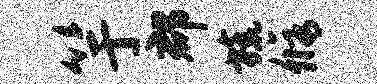
竽郡旒修